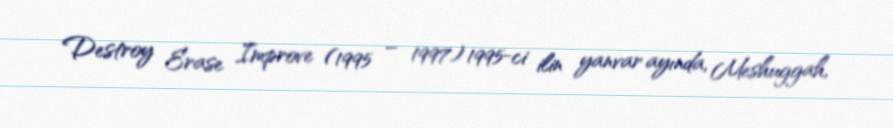
Destroy Erase Improve (1995 – 1997) 1995-ci ilin yanvar ayında, Meshuggah,